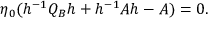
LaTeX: \eta _ { 0 } ( h ^ { - 1 } Q _ { B } h + h ^ { - 1 } A h - A ) = 0 .